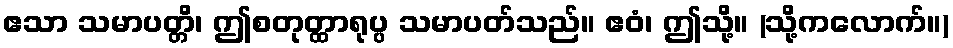
ဧသာ သမာပတ္တိ၊ ဤစတုတ္ထာရုပ္ပ သမာပတ်သည်။ ဧဝံ၊ ဤသို့။ (သို့ကလောက်။)